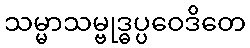
သမ္မာသမ္ဗုဒ္ဓပ္ပဝေဒိတေ